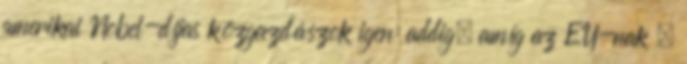
amerikai Nobel-díjas közgazdászok igen: addig, amíg az EU-nak –